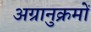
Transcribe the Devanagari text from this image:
अग्रानुक्रमों